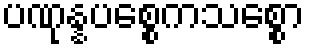
ပဏုန္နပစ္စေကသစ္စော